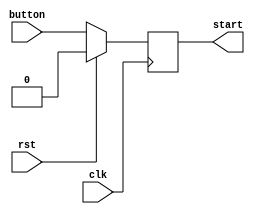
`timescale 1ns/1ps

module start_register(
	input clk,
	input rst,
	input button,
	output reg start 
); 

	always @ (posedge clk)
	begin
		if (rst)
			start<=0;
		else
			start<=button;
   	end

endmodule